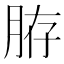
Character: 𦛊